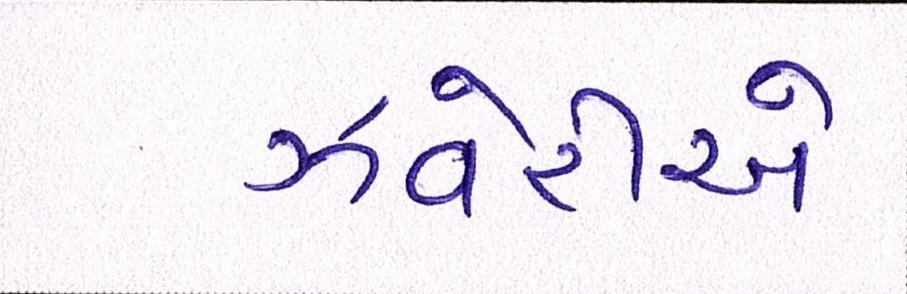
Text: ઝવેરીએ